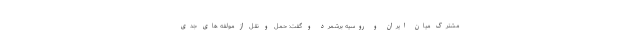
مشترک میان ایران و روسیه برشمرد و گفت: حمل و نقل از مولفه های جدی